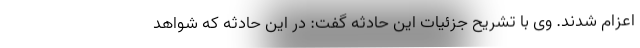
اعزام شدند. وی با تشریح جزئیات این حادثه گفت: در این حادثه که شواهد